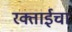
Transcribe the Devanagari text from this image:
रक्ताईचा